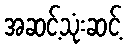
အဆင့်သုံးဆင့်